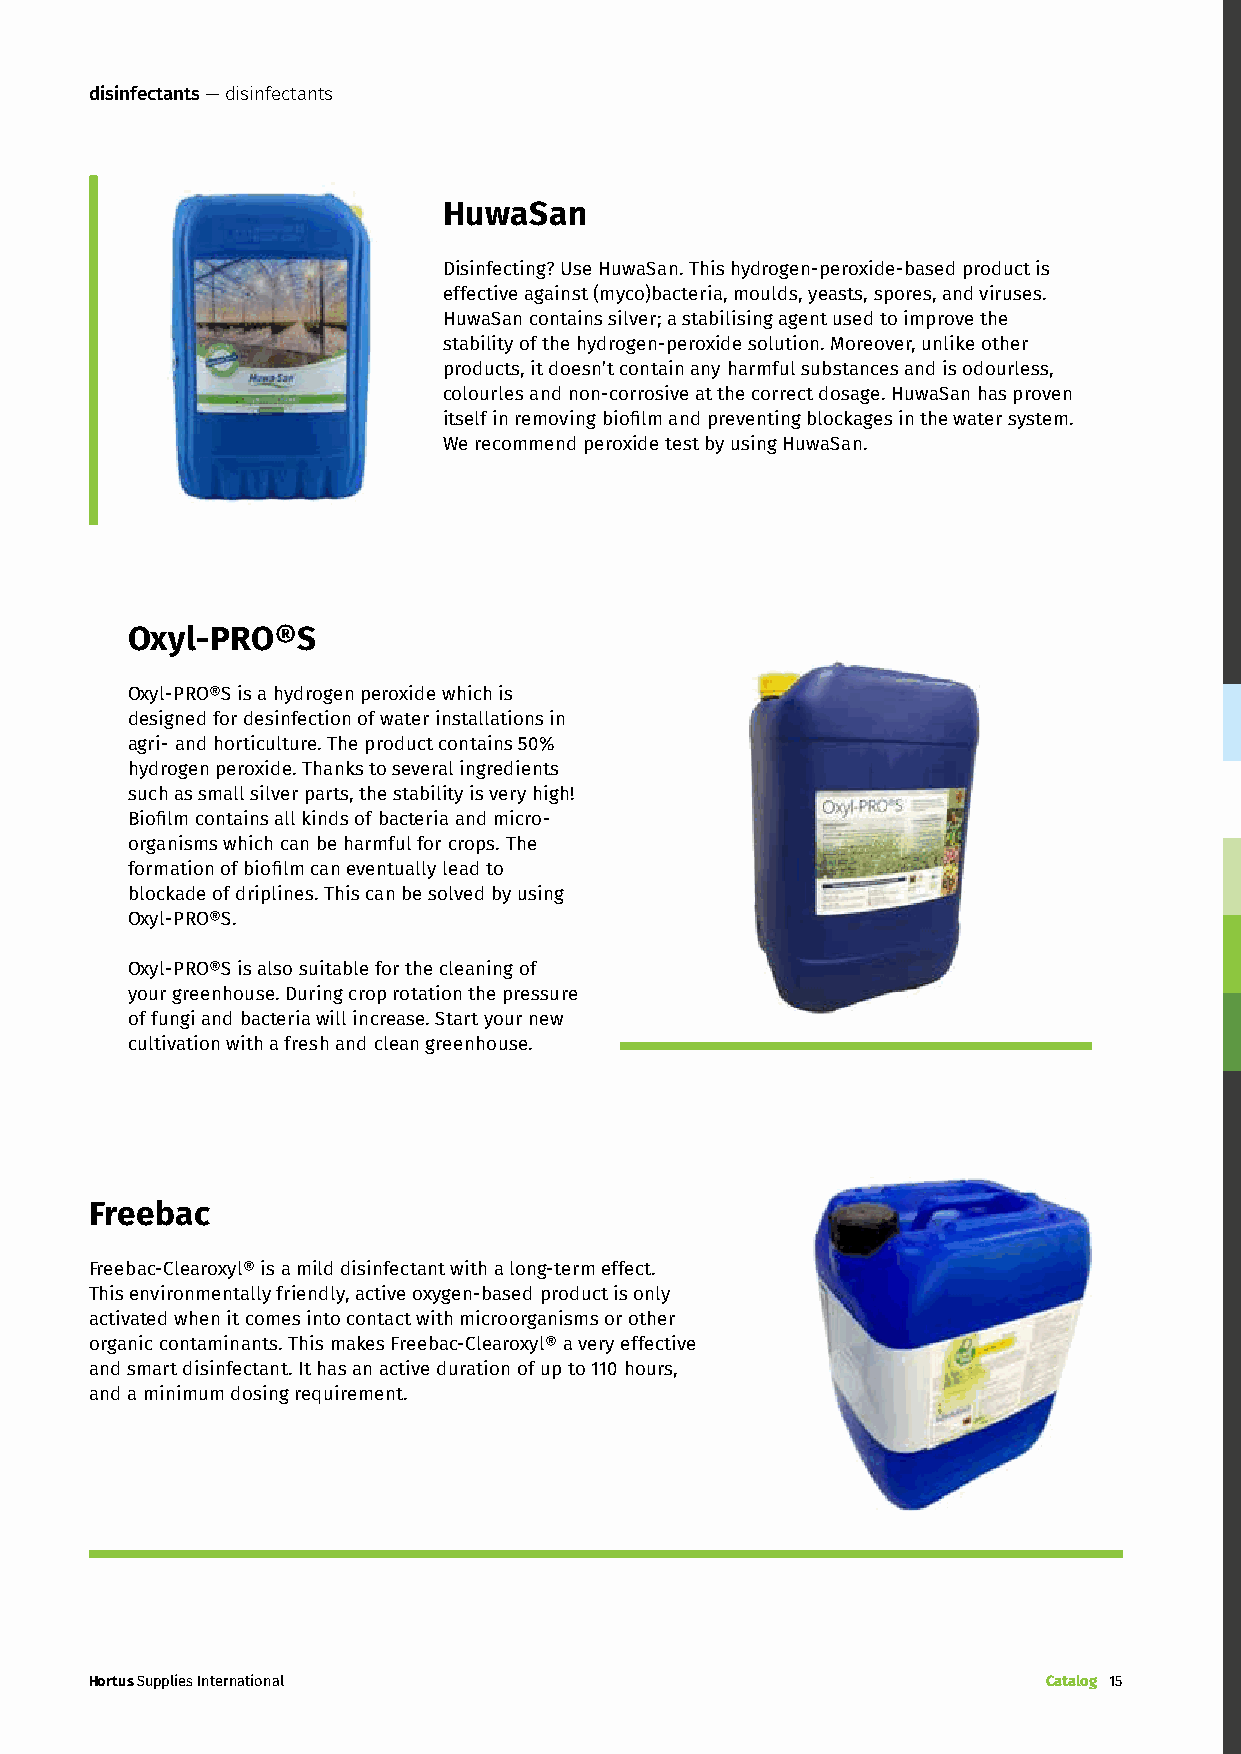
disinfectants — disinfectants
 HuwaSan
 Disinfecting? Use HuwaSan. This hydrogen-peroxide-based product is
 effective against (myco)bacteria, moulds, yeasts, spores, and viruses.
 HuwaSan contains silver; a stabilising agent used to improve the
 stability of the hydrogen-peroxide solution. Moreover, unlike other
 products, it doesn’t contain any harmful substances and is odourless,
 colourles and non-corrosive at the correct dosage. HuwaSan has proven
 itself in removing biofilm and preventing blockages in the water system.
 We recommend peroxide test by using HuwaSan.
 Oxyl-PRO®S
 Oxyl-PRO®S is a hydrogen peroxide which is
 designed for desinfection of water installations in
 agri- and horticulture. The product contains 50%
 hydrogen peroxide. Thanks to several ingredients
 such as small silver parts, the stability is very high!
 Biofilm contains all kinds of bacteria and micro-
 organisms which can be harmful for crops. The
 formation of biofilm can eventually lead to
 blockade of driplines. This can be solved by using
 Oxyl-PRO®S.
 Oxyl-PRO®S is also suitable for the cleaning of
 your greenhouse. During crop rotation the pressure
 of fungi and bacteria will increase. Start your new
 cultivation with a fresh and clean greenhouse.
 Freebac
 Freebac-Clearoxyl® is a mild disinfectant with a long-term effect.
 This environmentally friendly, active oxygen-based product is only
 activated when it comes into contact with microorganisms or other
 organic contaminants. This makes Freebac-Clearoxyl® a very effective
 and smart disinfectant. It has an active duration of up to 110 hours,
 and a minimum dosing requirement.
 Hortus Supplies International                                  Catalog 15